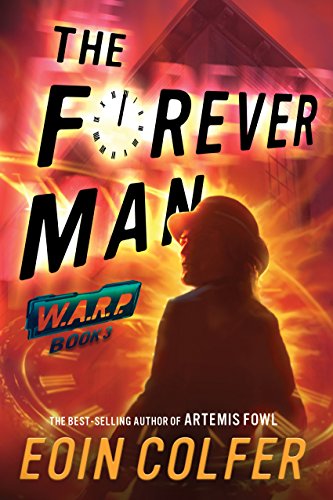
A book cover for WARP Book 3 The Forever Man; Eoin Colfer; Teen & Young Adult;